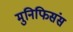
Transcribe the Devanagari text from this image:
मुनिफिसंस